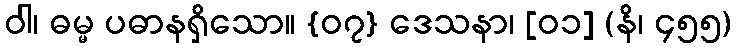
ဝါ၊ ဓမ္မ ပဓာနရှိသော။ {၀၇} ဒေသနာ၊ [၀၁] (နိ၊ ၄၅၅)